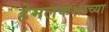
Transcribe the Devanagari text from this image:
हेमलकशाच्या